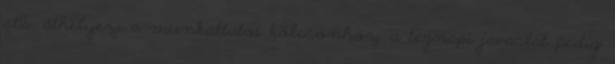
stb. áthelyezi a munkáltatói kölcsönhöz, a tegnapi javaslat pedig